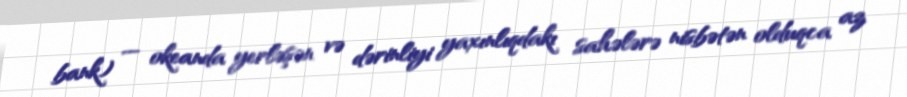
bank) — okeanda yerləşən və dərinliyi yaxınlıqdakı sahələrə nisbətən olduqca az